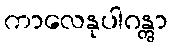
ကာလေနုပါဂန္တွာ